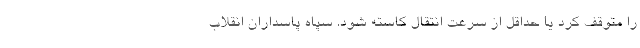
را متوقف کرد یا حداقل از سرعت انتقال کاسته شود. سپاه پاسداران انقلاب